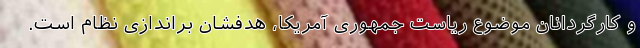
و کارگردانان موضوع ریاست جمهوری آمریکا، هدفشان براندازی نظام است.